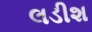
લડીશ